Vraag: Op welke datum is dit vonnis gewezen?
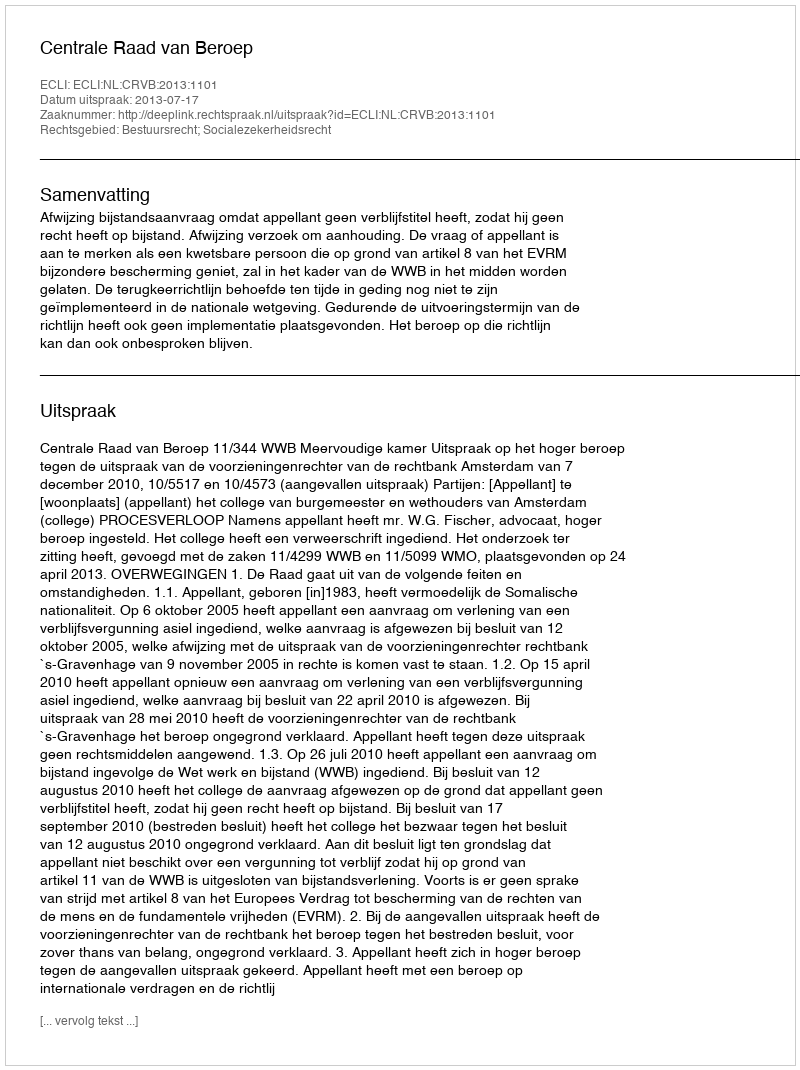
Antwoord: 2013-07-17